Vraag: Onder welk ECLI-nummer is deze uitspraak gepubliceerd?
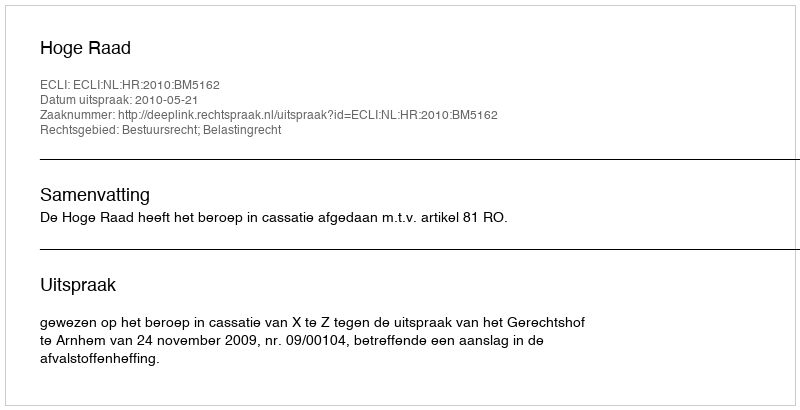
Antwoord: ECLI:NL:HR:2010:BM5162